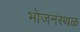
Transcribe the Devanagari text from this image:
भोजनस्थळ